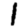
Digit: 1